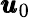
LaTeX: \pmb{u}_{0}